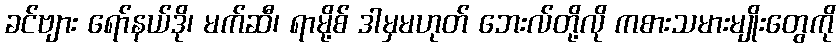
ခင်ဗျား ရော်နယ်ဒို၊ မက်ဆီ၊ ရာမို့စ် ဒါမှမဟုတ် ဘေးလ်တို့လို ကစားသမားမျိုးတွေကို